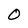
Character: 0